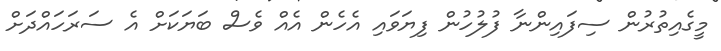
މީގެއިތުރުން ސިފައިންނާ ފުލުހުން ފިޔަވައި އެހެން އެއް ވެސް ބަޔަކަށް އެ ސަރަހައްދަށް